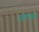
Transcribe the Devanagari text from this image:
अप्प्न